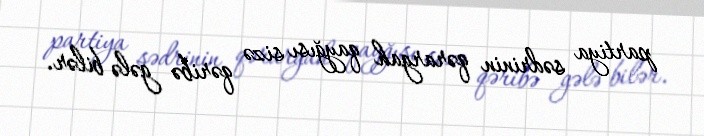
partiya sədrinin qərargah qayğısı sizə qəribə gələ bilər.